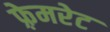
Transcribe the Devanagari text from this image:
फ़्रेमरेट